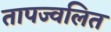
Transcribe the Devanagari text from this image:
तापज्वलित